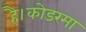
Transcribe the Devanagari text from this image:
है।कोडरमा